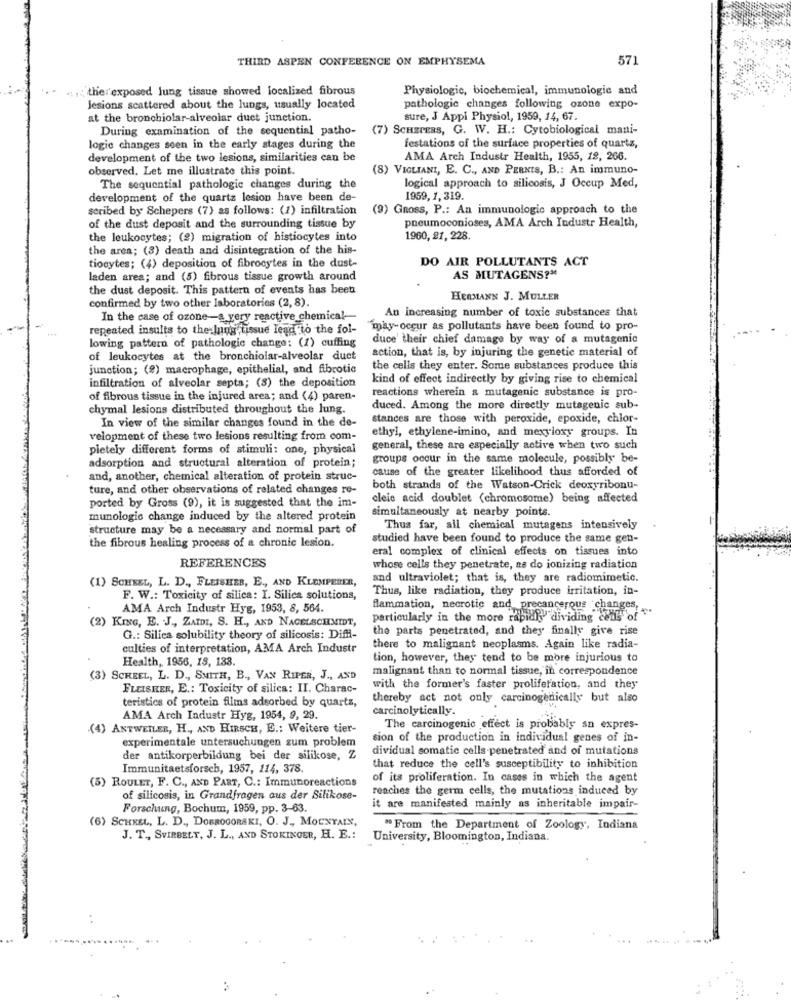
THIRD ASPEN CONFERENCE ON EMPHYSEMA
571
.1. 1; the exposed lung tissue showed localized fibrous
Physiologic, biochemical, immunologie and
Jesions scattered about the lungs, usually located
pathologic changes following ozone expo-
at the bronchiolar-alveolar duet junction.
sure, J Appl Physiol, 1959, 14, 67.
During examination of the sequential patho-
(7) SCHEPERS, G. W. H .: Cytobiological mani-
logie changes seen in the early stages during the
festations of the surface properties of quartz,
development of the two lesions, similarities can be
AMA Arch Industr Health, 1955, 18, 266.
observed. Let me illustrate this point.
(8) VIGLIANI, E. C ., AND PERNIS, B .: An immuno-
The sequential pathologie changes during the
logical approach to silicosis, J Occup Med,
development of the quartz lesion have been de-
1959, 1, 319.
scribed by Schepers (7) as follows: (1) infiltration
(9) Gross, P .: An immunologic approach to the
pneumoconioses, AMA Arch Industr Health,
of the dust deposit and the surrounding tissue by
the leukocytes; (2) migration of histiocytes into
1960, 21, 228.
the area; (3) death and disintegration of the his-
DO AIR POLLUTANTS ACT
tiocytes; (4) deposition of fibrocytes in the dust-
laden area; and (5) fibrous tissue growth around
AS MUTAGENS?"
the dust deposit. This pattern of events has been
confirmed by two other laboratories (2, 8).
HERMANN J. MULLER
An increasing number of toxic substances that
In the case of ozone-a very reactive chemical
repeated insults to the lung tissue lead to the fol-
"may-occur as pollutants have been found to pro-
duce' their chief damage by way of a mutagenic
lowing pattern of pathologie change: (1) cuffing
action, that is, by injuring the genetic material of
of leukocytes at the bronchiolar-alveolar duct
junction; (8) macrophage, epithelial, and fibrotic
the cells they enter. Some substances produce this
kind of effect indirectly by giving rise to chemical
infiltration of alveolar septa; (8) the deposition
reactions wherein a mutagenic substance is pro-
of fibrous tissue in the injured area; and (4) paren-
chymal lesions distributed throughout the lung.
duced. Among the more directly mutagenic sub-
stances are those with peroxide, epoxide, chlor-
In view of the similar changes found in the de-
ethyl, ethylene-imino, and mexyloxy groups. In
velopment of these two lesions resulting from com-
pietely different forms of stimuli: one, physical
general, these are especially active when two such
groups occur in the same molecule, possibly be-
adsorption and structural alteration of protein;
cause of the greater likelihood thus afforded of
and, another, chemical alteration of protein struc-
ture, and other observations of related changes re-
both strands of the Watson-Crick deoxyribonu-
ported by Gross (9), it is suggested that the im-
oleic acid doublet (chromosome) being affected
simultaneously at nearby points.
munologie change induced by the altered protein
structure may be a necessary and normal part of
Thus far, all chemical mutagens intensively
studied have been found to produce the same gen-
the fibrous healing process of a chronic lesion.
eral complex of clinical effects on tissues into
REFERENCES
whose cells they penetrate, na do ionizing radiation
(1) SCHEEL, L. D ., FLEISHER, E ., AND KLEMPERER,
and ultraviolet; that is, they are radiomimetic.
Thus, like radiation, they produce irritation, in-
F. W .: Toxicity of silica: I. Silica solutions,
AMA Arch Industr Hyg, 1953, 8, 564.
flammation, necrotic and precancerous changes,
(2) KING, E. J ., ZATDI, S. H ., AND NAGELSSCHMIDT,
particularly in the more rapidly"dividing conly of""
the parts penetrated, and they finally give rise
G .: Silica solubility theory of silicosis: Diff-
culties of interpretation, AMA Arch Industr
there to malignant neoplasms. Again like radia-
Health, 1956, 19, 133.
tion, however, they tend to be more injurious to
malignant than to normal tissue, in correspondence
(3) SCHEEL, L. D ., SMITH, B ., VAN RIPER, J ., AND
FLEISHER, E .: Toxicity of silica: II. Charac-
with the former's faster proliferation, and they
teristics of protein flims adsorbed by quarts,
thereby act not only carcinogenically but also
carcinolytically.
AMA Arch Industr Hyg, 1954, 9, 29.
(4) ANTWEILER, H ., AND HIRSCH, E .: Weitere tier-
The carcinogenic effect is probably an expres-
experimentale untersuchungen zum problem
sion of the production in individual genes of in-
dividual somatic cells penetrated and of mutations
der antikorperbildung bei der silikose, Z
Immunitaetsforseb, 1957, 114, 378.
that reduce the cell's susceptibility to inhibition
of its proliferation. In cases in which the agent
(5) ROULET, F. C ., AND PART, C .: Immunoreactions
reaches the germ cells, the mutations induced by
of silicosis, in Grandfragen aus der Silikose-
Forschung, Bochum, 1959, pp. 3-63.
it are manifested mainly as inheritable impair-
(6) SCHREL, L. D ., DOBROGORSKI, O. J ., MOUNTAIN,
" From the Department of Zoology, Indiana
J. T ., SVIRBELT, J. L ., AND STOKINGER, H. E .:
University, Bloomington, Indiana.
..